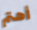
أهتم